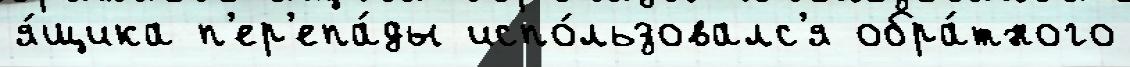
я́щика п'ер'епа́ды испо́льзовалс'я обра́тного